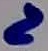
Text: 2